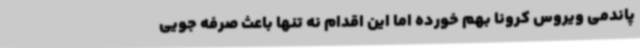
پاندمی ویروس کرونا بهم خورده اما این اقدام نه تنها باعث صرفه جویی